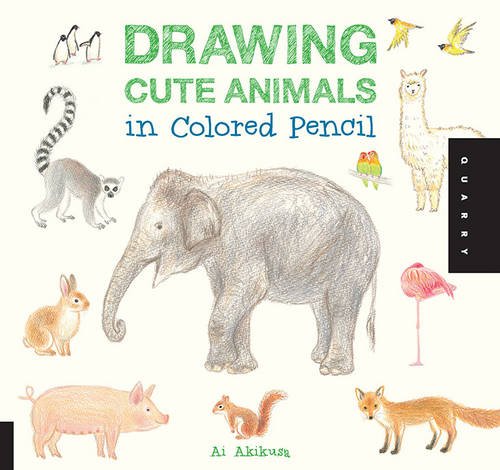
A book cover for Drawing Cute Animals in Colored Pencil; Ai Akikusa; Arts & Photography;